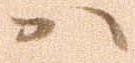
ハ